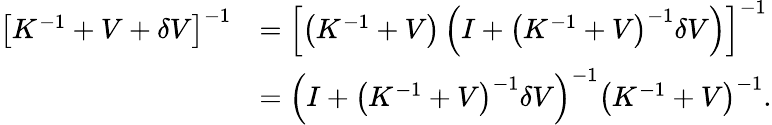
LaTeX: \begin{array}{rl}{\left[K^{-1}+V+\delta V\right]^{-1}}&{=\left[\left(K^{-1}+V\right)\left(I+\left(K^{-1}+V\right)^{-1}\delta V\right)\right]^{-1}}\\ &{=\left(I+\left(K^{-1}+V\right)^{-1}\delta V\right)^{-1}\left(K^{-1}+V\right)^{-1}.}\end{array}